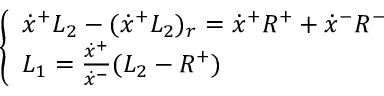
\quad \quad \quad \left\{ \begin{array} { l } { { \dot { x } ^ { + } L _ { 2 } - ( \dot { x } ^ { + } L _ { 2 } ) _ { r } = \dot { x } ^ { + } R ^ { + } + \dot { x } ^ { - } R ^ { - } } } \\ { { L _ { 1 } = { \frac { \dot { x } ^ { + } } { \dot { x } ^ { - } } } ( L _ { 2 } - R ^ { + } ) } } \end{array} \right.